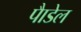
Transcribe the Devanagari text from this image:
पैाडेल